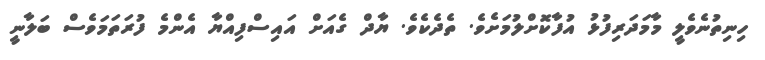
ހިނިތުނެވެލީ މާމަދަރިފުޅު އުފާކޮށްލުމަށެވެ. ތެދެކެވެ. ޔާދް ގެއަށް އައިސްފިއްޔާ އެންމެ ފުރަތަމަވެސް ބަލާނީ